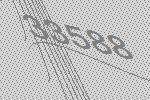
33588